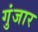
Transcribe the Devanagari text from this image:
गुंजार